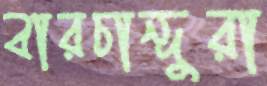
বারচান্দুরা